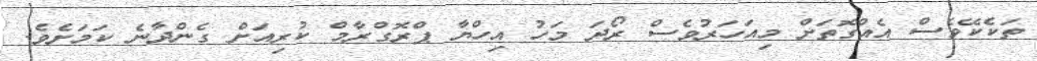
ތަކެކޭވެސް އެއްގޮތަށް މިއަހަރުވެސް ރޯދަ މަހު އިހްޔާ ޕްރޮގްރާމް ކުރިއަށް ގެންދާނެ ކަމަށެވެ.